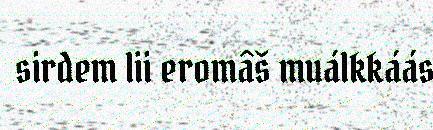
sirdem lii eromâš muálkkáás